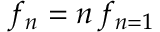
{ f _ { n } = n \, f _ { n = 1 } }